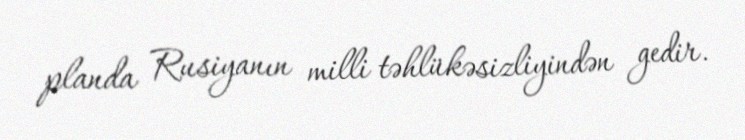
planda Rusiyanın milli təhlükəsizliyindən gedir.